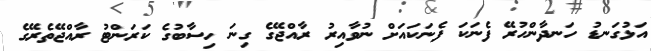
އަޅުގަނޑު ހަނދާންހުރޭ ފެނަކަ ފެނަކައަށް ނުވާއިރު ރާއްޖޭގެ ގިނަ ހިސާބުގެ ކަރަންޓު ރާއްޖޭތެރޭގެ